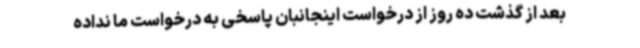
بعد از گذشت ده روز از درخواست اینجانبان پاسخی به درخواست ما نداده